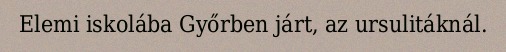
Elemi iskolába Győrben járt, az ursulitáknál.